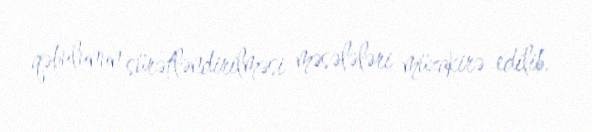
qəbulunun sürətləndirilməsi məsələləri müzakirə edilib.